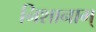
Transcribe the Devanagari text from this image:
निशानाम्